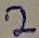
Text: 2